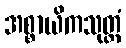
အစ္စာယိကသုတ္တံ